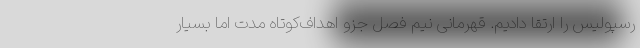
رسپولیس را ارتقا دادیم. قهرمانی نیم فصل جزو اهداف‌کوتاه مدت اما بسیار